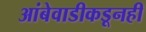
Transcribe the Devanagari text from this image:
आंबेवाडीकडूनही